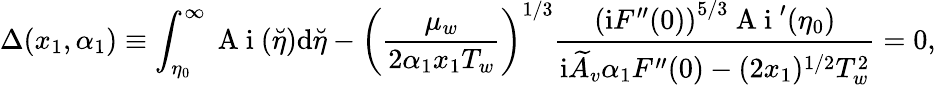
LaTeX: \Delta(x_{1},\alpha_{1})\equiv\int_{\eta_{0}}^{\infty}\mathrm{~A~i~}(\breve{\eta})\mathrm{d}\breve{\eta}-\left(\frac{\mu_{w}}{2\alpha_{1}x_{1}T_{w}}\right)^{1/3}\frac{\left(\mathrm{i}F^{\prime\prime}(0)\right)^{5/3}\mathrm{~A~i~}^{\prime}(\eta_{0})}{\mathrm{i}\widetilde A_{v}\alpha_{1}F^{\prime\prime}(0)-(2x_{1})^{1/2}T_{w}^{2}}=0,